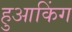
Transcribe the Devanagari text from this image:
हुआकिंग